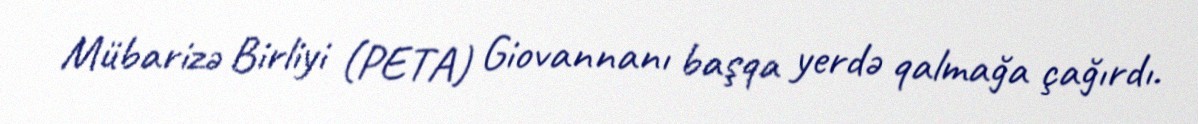
Mübarizə Birliyi (PETA) Giovannanı başqa yerdə qalmağa çağırdı.